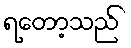
ရတော့သည်